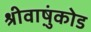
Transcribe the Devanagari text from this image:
श्रीवाष़ुंकोड